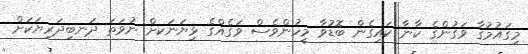
މިގައުމުގާ ވަގުންގެ ކާނާ ކައިގެން ބޮޑުވާ މީހުންވެސް ވަގެއްގެ ޅިޔަނަކށް ނުވަތަ ދަނބިދަރިޔަކަށް